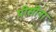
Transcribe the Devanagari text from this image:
पीसींना